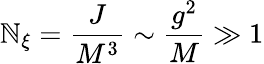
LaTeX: \mathbb{N}_{\xi}={\frac{{J}}{{M^{3}}}}\sim{\frac{{g^{2}}}{{M}}}\gg1